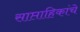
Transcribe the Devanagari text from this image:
साप्ताहिकांचे